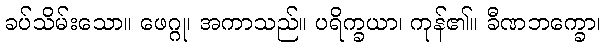
ခပ်သိမ်းသော။ ဖေဂ္ဂု၊ အကာသည်။ ပရိက္ခယာ၊ ကုန်၏။ ခီဏဘက္ခော၊